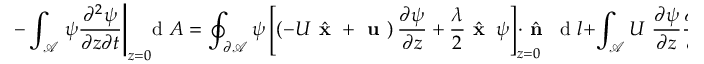
- \int _ { \mathcal { A } } \left. \psi \frac { \partial ^ { 2 } \psi } { \partial z \partial t } \right| _ { z = 0 } \! \! \! \! \, \textrm { d } A = \oint _ { \partial \mathcal { A } } \psi \left[ \left( - U \hat { \textbf { x } } + \textbf { u } \right) \frac { \partial \psi } { \partial z } + \frac { \lambda } { 2 } \hat { \textbf { x } } \, \psi \right] _ { z = 0 } \! \! \! \! \! \! \! \cdot \hat { \textbf { n } } \, \textrm { d } l + \int _ { \mathcal { A } } U \left. \frac { \partial \psi } { \partial z } \frac { \partial \psi } { \partial x } \right| _ { z = 0 } \! \! \! \! \, \textrm { d } A .